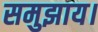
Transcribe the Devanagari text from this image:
समुझाय।